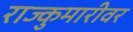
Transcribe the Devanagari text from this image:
राज्कुमारीवर